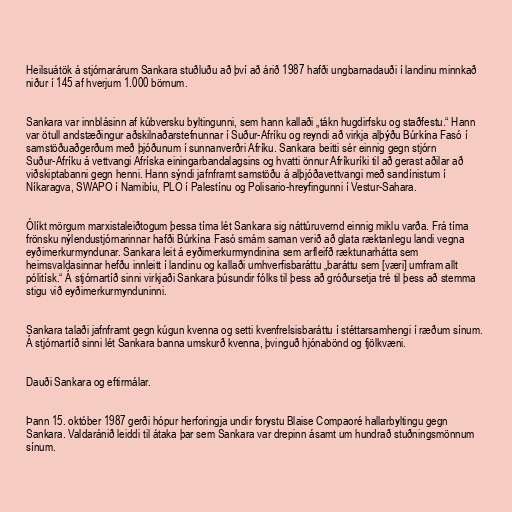
Heilsuátök á stjórnarárum Sankara stuðluðu að því að árið 1987 hafði ungbarnadauði í landinu minnkað
niður í 145 af hverjum 1.000 börnum.

Sankara var innblásinn af kúbversku byltingunni, sem hann kallaði „tákn hugdirfsku og staðfestu.“ Hann
var ötull andstæðingur aðskilnaðarstefnunnar í Suður-Afríku og reyndi að virkja alþýðu Búrkína Fasó í
samstöðuaðgerðum með þjóðunum í sunnanverðri Afríku. Sankara beitti sér einnig gegn stjórn
Suður-Afríku á vettvangi Afríska einingarbandalagsins og hvatti önnur Afríkuríki til að gerast aðilar að
viðskiptabanni gegn henni. Hann sýndi jafnframt samstöðu á alþjóðavettvangi með sandínistum í
Níkaragva, SWAPO í Namibíu, PLO í Palestínu og Polisario-hreyfingunni í Vestur-Sahara.

Ólíkt mörgum marxistaleiðtogum þessa tíma lét Sankara sig náttúruvernd einnig miklu varða. Frá tíma
frönsku nýlendustjórnarinnar hafði Búrkína Fasó smám saman verið að glata ræktanlegu landi vegna
eyðimerkurmyndunar. Sankara leit á eyðimerkurmyndinina sem arfleifð ræktunarhátta sem
heimsvaldasinnar hefðu innleitt í landinu og kallaði umhverfisbaráttu „baráttu sem [væri] umfram allt
pólitísk.“ Á stjórnartíð sinni virkjaði Sankara þúsundir fólks til þess að gróðursetja tré til þess að stemma
stigu við eyðimerkurmynduninni.

Sankara talaði jafnframt gegn kúgun kvenna og setti kvenfrelsisbaráttu í stéttarsamhengi í ræðum sínum.
Á stjórnartíð sinni lét Sankara banna umskurð kvenna, þvinguð hjónabönd og fjölkvæni.

Dauði Sankara og eftirmálar.

Þann 15. október 1987 gerði hópur herforingja undir forystu Blaise Compaoré hallarbyltingu gegn
Sankara. Valdaránið leiddi til átaka þar sem Sankara var drepinn ásamt um hundrað stuðningsmönnum
sínum.